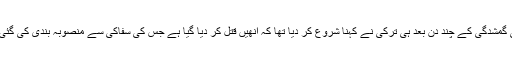
ان کی گمشدگی کے چند دن بعد ہی ترکی نے کہنا شروع کر دیا تھا کہ انھیں قتل کر دیا گیا ہے جس کی سفاکی سے منصوبہ بندی کی گئی تھی۔